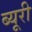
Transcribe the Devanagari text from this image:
ब्यूरी